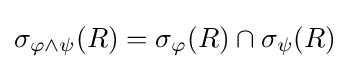
\sigma _{\varphi \land \psi }(R)=\sigma _{\varphi }(R)\cap \sigma _{\psi }(R)